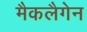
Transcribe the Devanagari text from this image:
मैकलैगेन